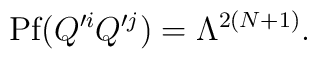
\mbox{Pf}(Q^{\prime i} Q^{\prime j}) = \Lambda^{2(N+1)} .